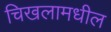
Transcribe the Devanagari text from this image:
चिखलामधील